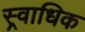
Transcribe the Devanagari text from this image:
स्र्वाधिक